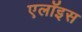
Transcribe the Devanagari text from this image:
एलॉइस